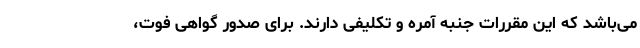
می‌باشد که این مقررات جنبه آمره و تکلیفی دارند. برای صدور گواهی فوت،